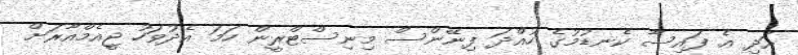
އަދި އެ ފައިސާ ކެނޑުމުގެ ހުއްދަ ފިނޭންސް މިނިސްޓްރީން ހަމަ އެދުވަހު ޖީއެމްއާރަށް